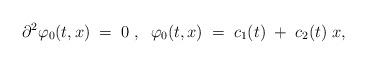
LaTeX: \begin{align*}{\partial}^2 {\varphi}_0(t,x)\;=\;0 \;,\;\;\varphi_0(t,x)\;=\;c_1(t)\;+\;c_2(t)\;x ,\end{align*}